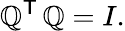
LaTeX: \mathbb{Q}^{\textsf{{T}}}\, \mathbb{Q}=I.